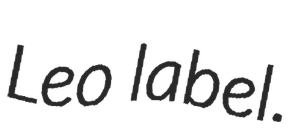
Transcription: Leo label.